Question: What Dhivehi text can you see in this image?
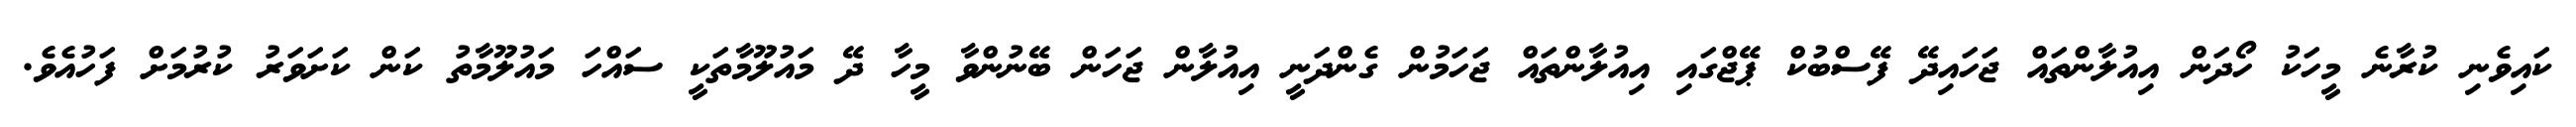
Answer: ކައިވެނި ކުރާނެ މީހަކު ހޯދަން އިއުލާންތައް ޖަހައިދޭ ފޭސްބުކް ޕޭޖްގައި އިއުލާންތައް ޖަހަމުން ގެންދަނީ އިއުލާން ޖަހަން ބޭނުންވާ މީހާ ދޭ މައުލޫމާތަކީ ސައްހަ މައުލޫމާތު ކަން ކަށަވަރު ކުރުމަށް ފަހުއެވެ.